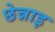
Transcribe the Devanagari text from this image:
छेन्नाइ